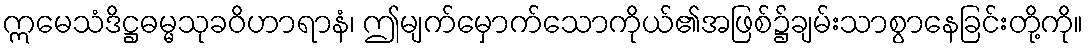
ဣမေသံဒိဋ္ဌဓမ္မသုခဝိဟာရာနံ၊ ဤမျက်မှောက်သောကိုယ်၏အဖြစ်၌ချမ်းသာစွာနေခြင်းတို့ကို။